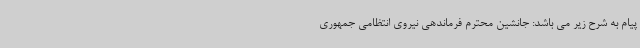
پیام به شرح زیر می باشد: جانشین محترم فرماندهی نیروی انتظامی جمهوری